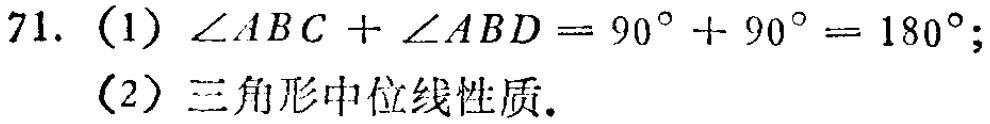
71. (1) $\angle ABC+\angle ABD = 90^{\circ}+90^{\circ}=180^{\circ}$;
(2) 三角形中位线性质.